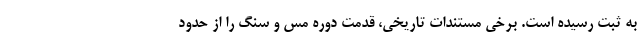
به ثبت رسیده است. برخی مستندات تاریخی، قدمت دوره مس و سنگ را از حدود